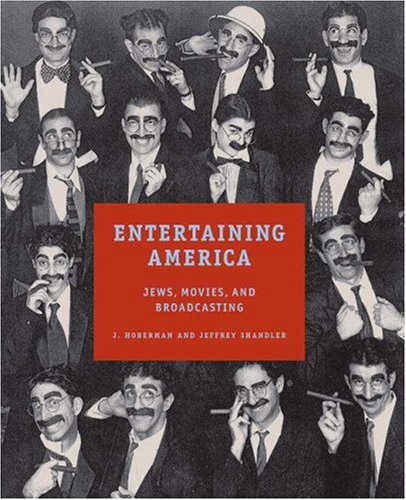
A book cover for Entertaining America: Jews, Movies, and Broadcasting; J. Hoberman; Humor & Entertainment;